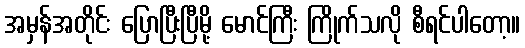
အမှန်အတိုင်း ပြောပြီးပြီမို့ မောင်ကြီး ကြိုက်သလို စီရင်ပါတော့။